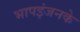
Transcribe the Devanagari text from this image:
भापइंजनके